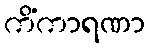
ကိံကာရဏာ